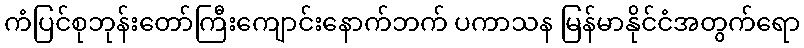
ကံပြင်စုဘုန်းတော်ကြီးကျောင်းနောက်ဘက် ပကာသန မြန်မာနိုင်ငံအတွက်ရော